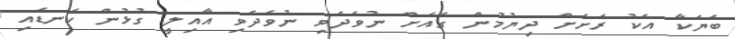
ބަޔަކާ އެކު ރަށަށް ދިޔުމުން ގެއަށް ނުވަދެވި ނުވަދެވި އާއިލީ ގުޅުން ކަނޑައި